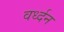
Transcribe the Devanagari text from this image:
वर्ध्दन